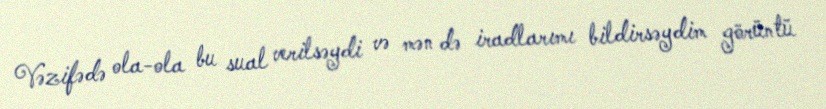
Vəzifədə ola-ola bu sual verilsəydi və mən də iradlarımı bildirsəydim görüntü